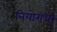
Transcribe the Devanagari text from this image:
नियोगधरं